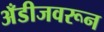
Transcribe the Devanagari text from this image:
अँडीजवरून